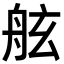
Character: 舷